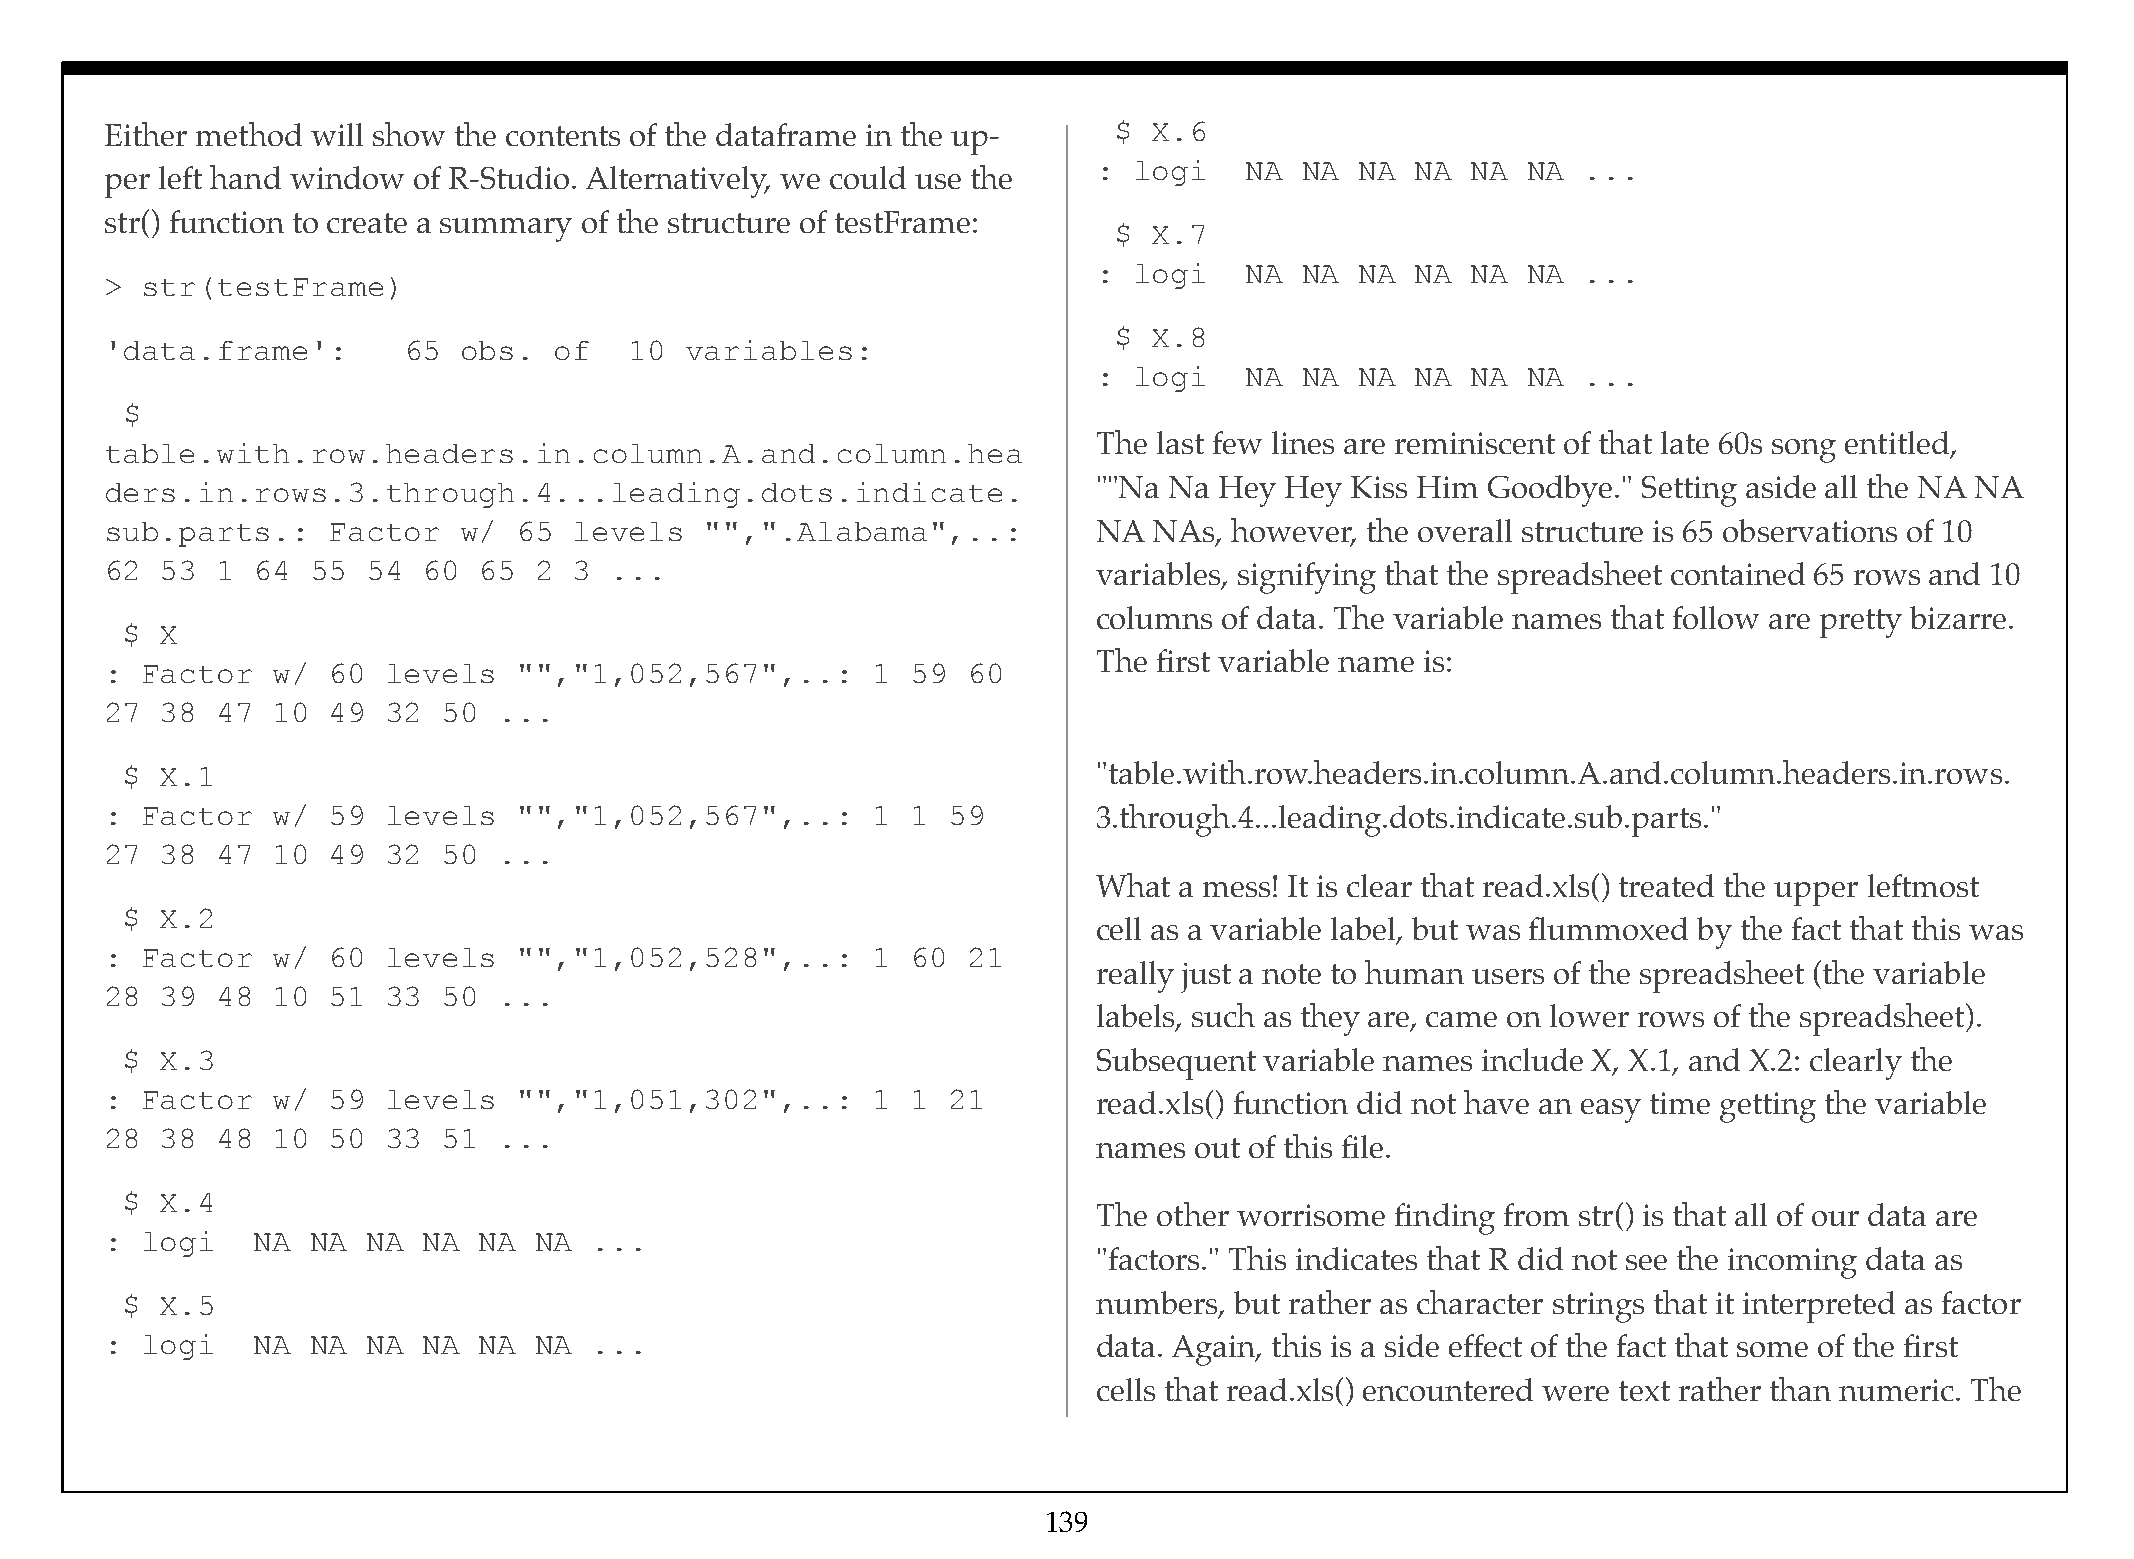
Either method will show the contents of the dataframe in the up-   $ X.6
 : logi   NA  NA  NA  NA NA  NA  ...
 per left hand window of R-Studio. Alternatively, we could use the
 str() function to create a summary of the structure of testFrame:
 $ X.7
 : logi   NA  NA  NA  NA NA  NA  ...
 > str(testFrame)
 $ X.8
 'data.frame':       65 obs.   of   10 variables:
 : logi   NA  NA  NA  NA NA  NA  ...
 $
 The last few lines are reminiscent of that late 60s song entitled,
 table.with.row.headers.in.column.A.and.column.hea
 ders.in.rows.3.through.4...leading.dots.indicate.                 ""Na Na Hey Hey Kiss Him Goodbye."  Setting aside all the NA NA
 sub.parts.:    Factor  w/  65  levels   "",".Alabama",..:         NA NAs,  however, the overall structure is 65 observations of 10
 62  53 1  64  55 54  60  65 2  3 ...                              variables, signifying that the spreadsheet contained 65 rows and 10
 columns of data. The variable names that follow are pretty bizarre.
 $  X
 The first variable name is:
 : Factor   w/  60  levels  "","1,052,567",..:      1 59  60
 27  38 47  10  49  32 50  ...
 $  X.1                                                           "table.with.row.headers.in.column.A.and.column.headers.in.rows.
 : Factor   w/  59  levels  "","1,052,567",..:      1 1  59        3.through.4...leading.dots.indicate.sub.parts."
 27  38 47  10  49  32 50  ...
 What a mess! It is clear that read.xls() treated the upper leftmost
 $  X.2
 cell as a variable label, but was flummoxed by the fact that this was
 : Factor   w/  60  levels  "","1,052,528",..:      1 60  21
 really just a note to human users of the spreadsheet (the variable
 28  39 48  10  51  33 50  ...
 labels, such as they are, came on lower rows of the spreadsheet).
 $  X.3                                                           Subsequent variable names include X, X.1, and X.2: clearly the
 : Factor   w/  59  levels  "","1,051,302",..:      1 1  21        read.xls() function did not have an easy time getting the variable
 28  38 48  10  50  33 51  ...
 names out of this file.
 $  X.4
 The other worrisome finding from str() is that all of our data are
 : logi    NA  NA NA  NA  NA NA  ...
 "factors." This indicates that R did not see the incoming data as
 $  X.5                                                           numbers, but rather as character strings that it interpreted as factor
 : logi    NA  NA NA  NA  NA NA  ...                               data. Again, this is a side effect of the fact that some of the first
 cells that read.xls() encountered were text rather than numeric. The
 139